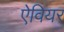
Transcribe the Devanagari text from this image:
ऐवियर